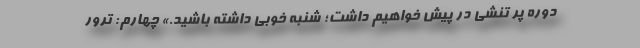
دوره پر تنشی در پیش خواهیم داشت؛ شنبه خوبی داشته باشید.» چهارم: ترور